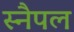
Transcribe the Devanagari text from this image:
स्नैपल